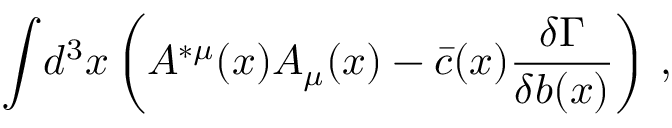
\displaystyle { \int } d ^ { 3 } x \left( A ^ { * \mu } ( x ) A _ { \mu } ( x ) - \bar { c } ( x ) { \displaystyle { \frac { \delta \Gamma } { \delta b ( x ) } } } \right) \, ,